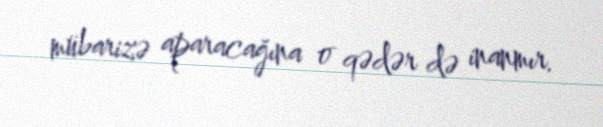
mübarizə aparacağına o qədər də inanmır.